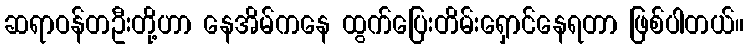
ဆရာဝန်တဦးတို့ဟာ နေအိမ်ကနေ ထွက်ပြေးတိမ်းရှောင်နေရတာ ဖြစ်ပါတယ်။